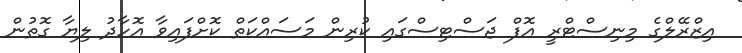
އިޒްރޭލްގެ މިނިސްޓްރީ އޮފް ޖަސްޓިސްގައި ކުރިން މަސައްކަތް ކޮށްފައިވާ އޮހާދު ލިޔާ ގޮތުން